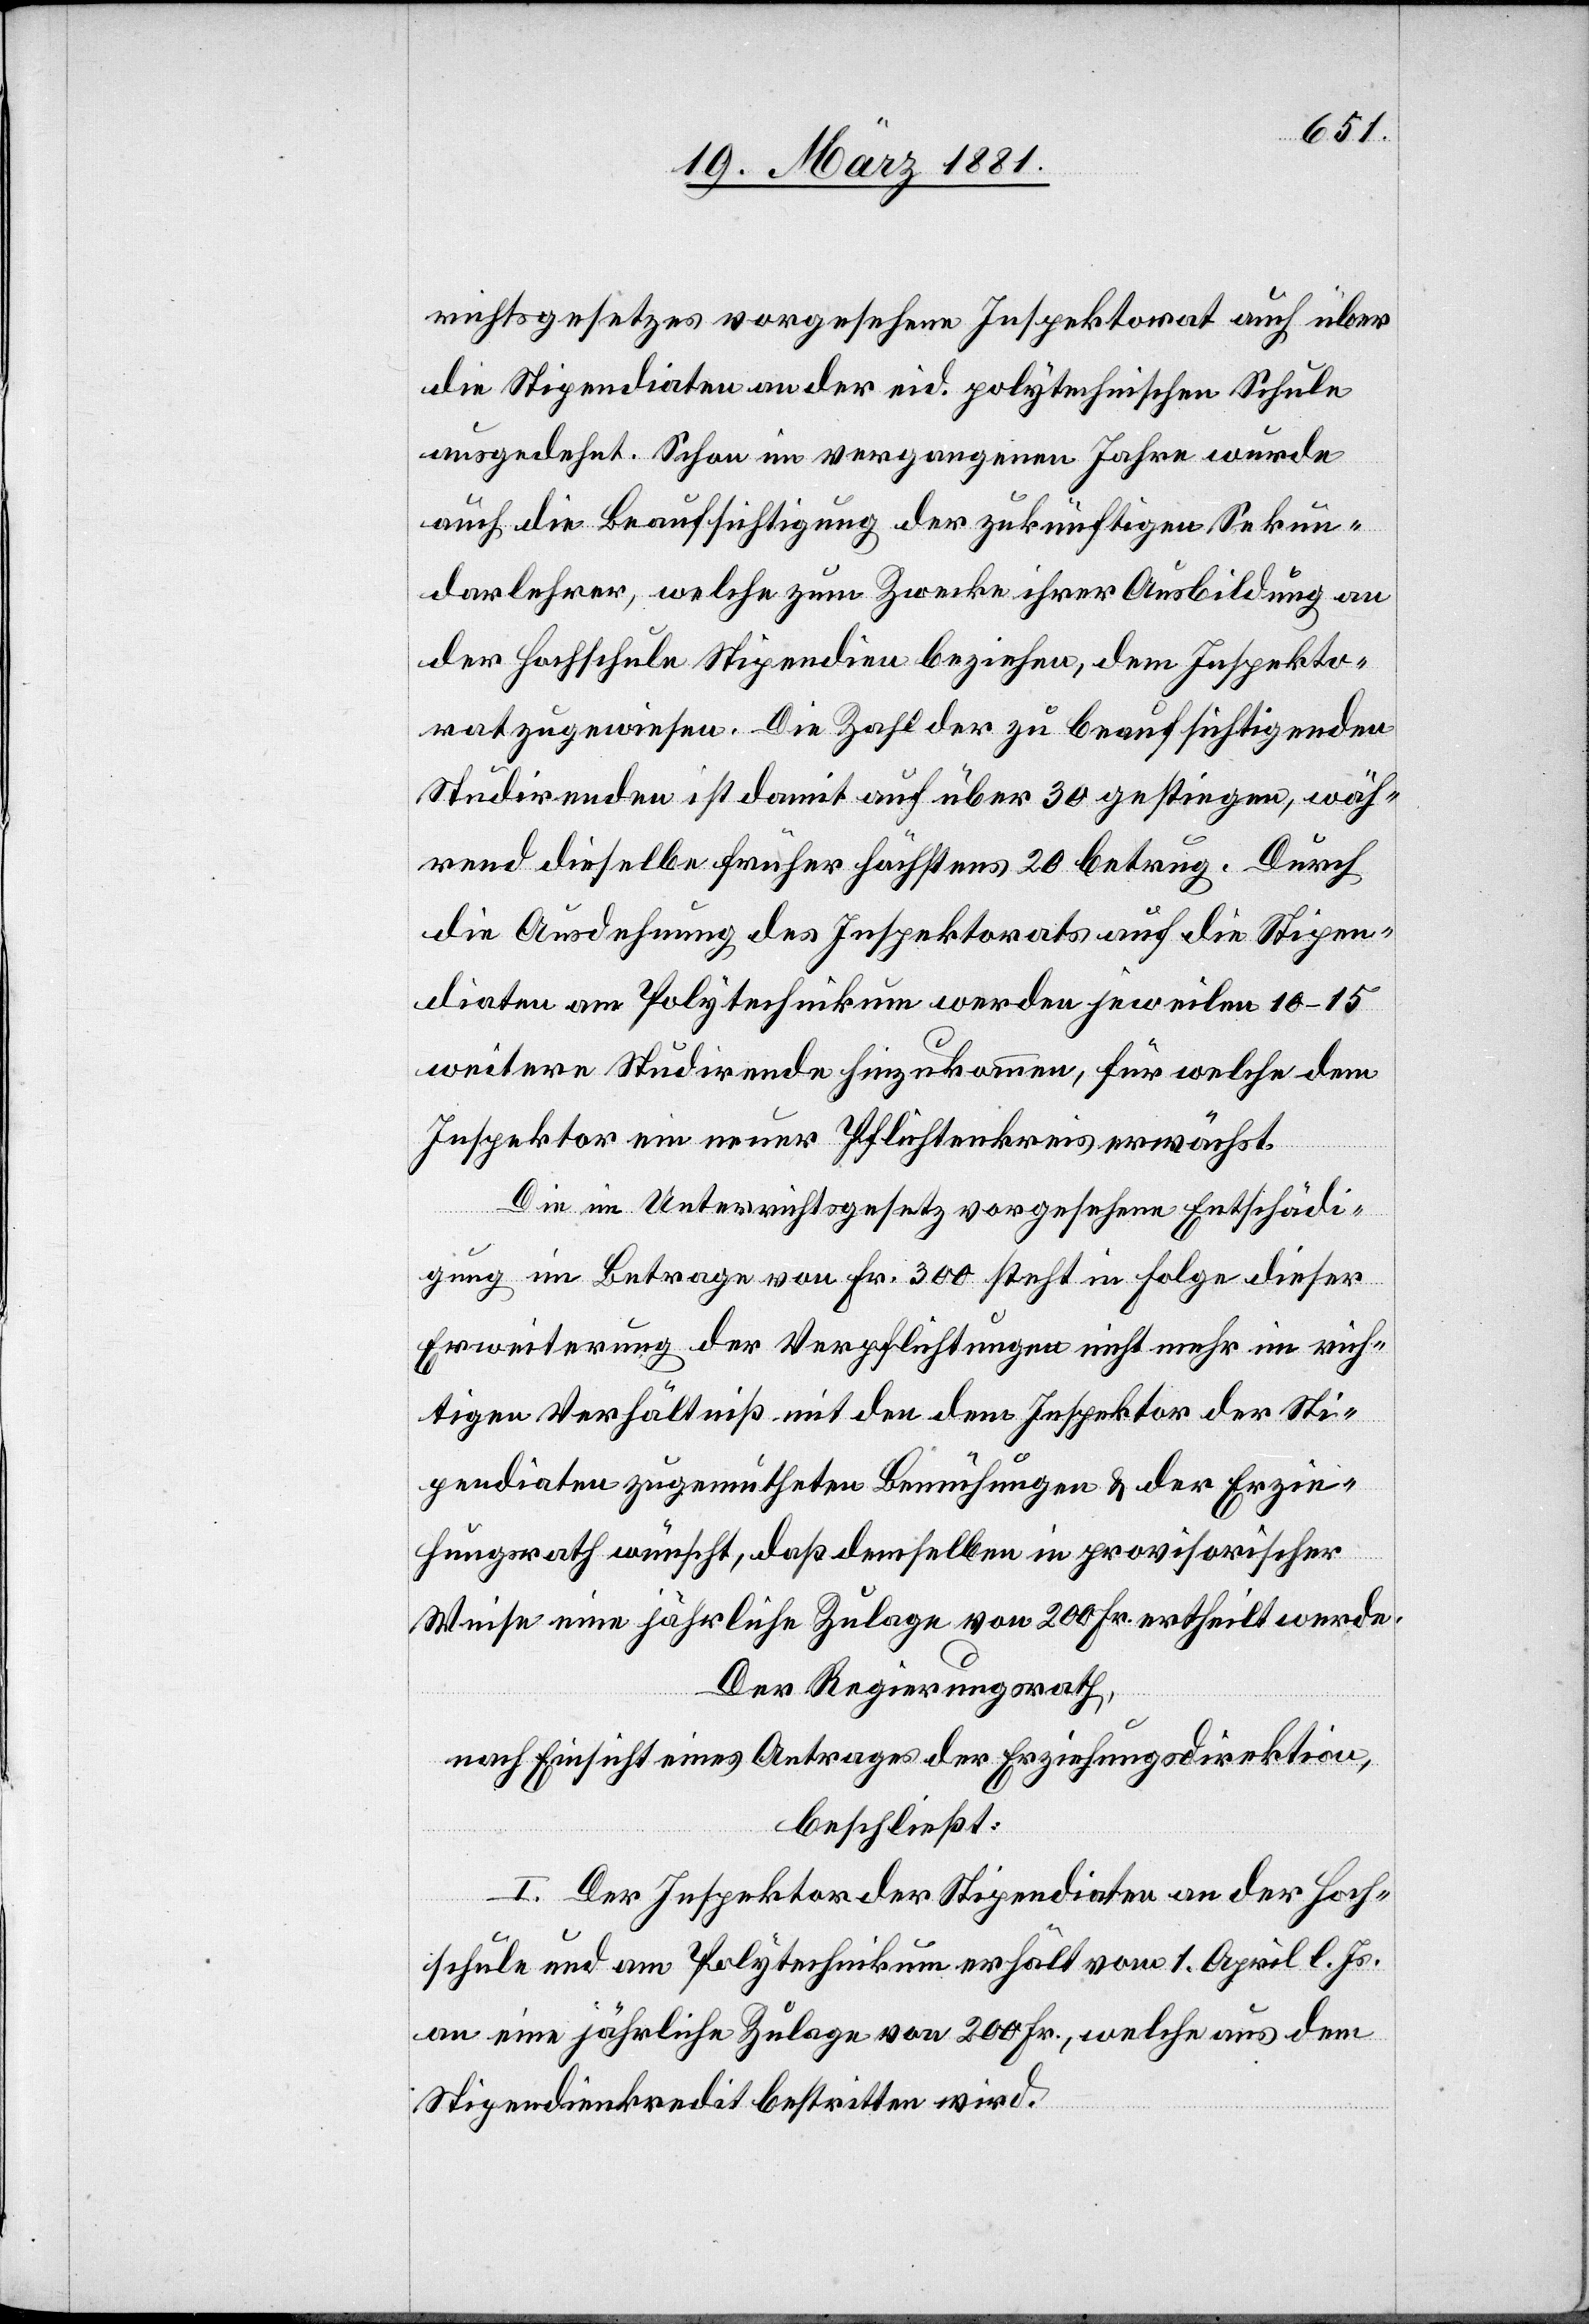
richtsgesetzes vorgesehene Inspektorat auch über
die Stipendiaten an der eid. polytechnische Schule
ausgedehnt. Schon im vergangenen Jahre wurde
auch die Beaufsichtigung der zukünftigen Sekun¬
darlehrer, welche zum Zwecke ihrer Ausbildung an
der Hochschule Stipendien beziehen, dem Inspekto¬
rat zugewiesen. Die Zahl der beaufsichtigenden
Studirenden ist damit auf über 30 gestiegen, wäh¬
rend dieselbe früher höchstens 20 betrug. Durch
die Ausdehnung des Inspektorates auf die Stipen¬
diaten am Polytechnikum werden jeweilen 10–15
weitere Studirende hinzukommen, für welche dem
Inspektor ein neuer Pflichtenkreis erwächst.
Die im Unterrichtsgesetz vorgesehene Entschädi¬
gung im Betrage von Fr. 300 steht in Folge dieser
Erweiterung der Verpflichtungen nicht mehr im rich¬
tigen Verhältniß mit den dem Inspektor der Sti¬
pendiaten zugemutheten Bemühungen & der Erzie¬
hungsrath wünscht, daß demselben in provisorischer
Weise eine jährliche Zulage von 200 Fr. ertheilt werde.
Der Regierungsrath,
nach Einsicht eines Antrages der Erziehungsdirektion,
beschließt:
I. Der Inspektor der Stipendiaten an der Hoch¬
schule und am Polytechnikum erhält vom 1. April l. Js.
an eine jährliche Zulage von 200 Fr., welche aus dem
Stipendienkredit bestritten wird.